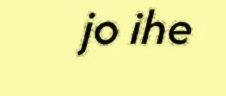
jo ihe